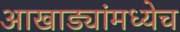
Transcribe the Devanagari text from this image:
आखाड्यांमध्येच